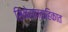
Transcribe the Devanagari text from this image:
सिनेसाप्ताहिकात